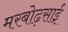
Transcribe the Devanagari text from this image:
मरबोढ़साई